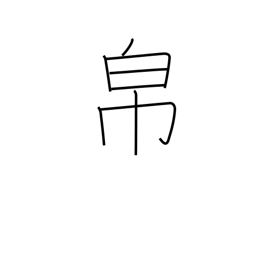
Meaning: cloth